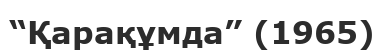
“Қарақұмда” (1965)